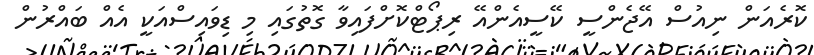
ކޮރެއަން ނިއުސް އޭޖެންސީ ކޭސީއެންއޭ ރިޕޯޓްކޮށްފައިވާ ގޮތުގައި މި ޑިވައިސްއަކީ އެއް ބައްރުން